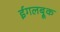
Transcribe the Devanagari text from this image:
ईगलब्रूक